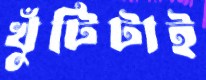
খুঁটিটাই